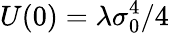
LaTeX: U(0)=\lambda\sigma_{0}^{4}/4